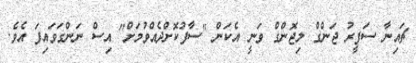
ޗައިނާ ސަފީރު ޖަންގް ލިޖޮންގް ވަނީ އެކަން "ސާފުކޮށްދެއްވުމަށް" އިސް ނަންގަވައިފަ އެވެ.